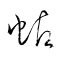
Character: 蛄